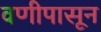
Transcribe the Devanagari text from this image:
वणीपासून